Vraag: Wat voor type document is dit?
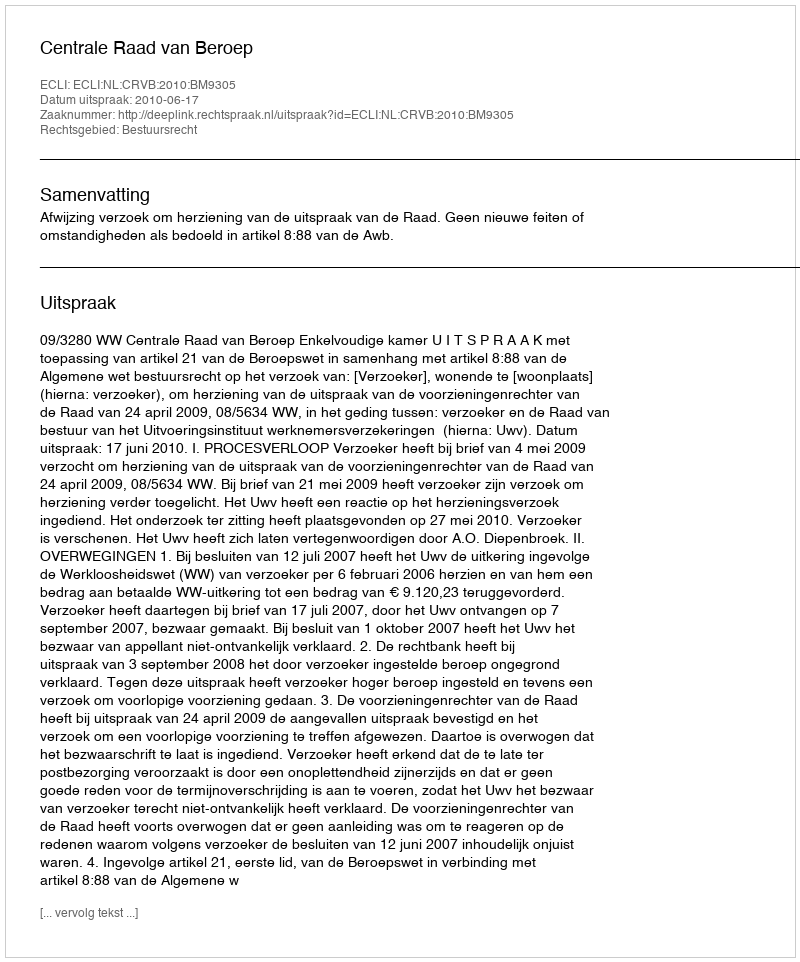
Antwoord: Uitspraak